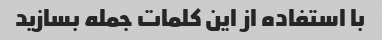
با استفاده از این کلمات جمله بسازید